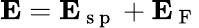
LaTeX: \mathbf{E}=\mathbf{E}_{\mathrm{~s~p~}}+\mathbf{E}_{\mathrm{~F~}}